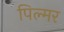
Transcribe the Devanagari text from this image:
पिल्मर